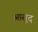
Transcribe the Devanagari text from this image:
आसूद